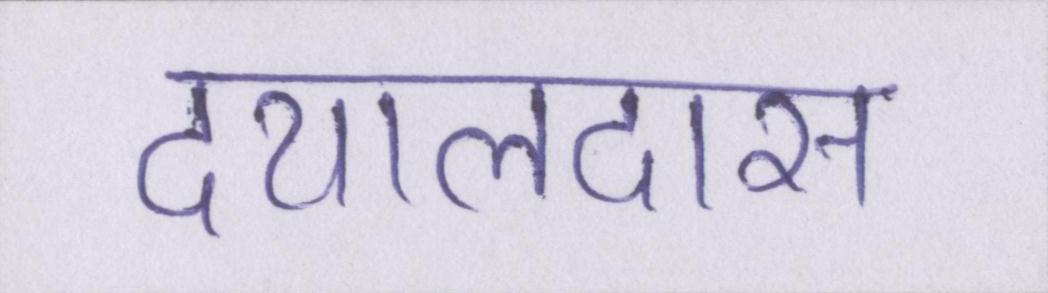
दयालदास